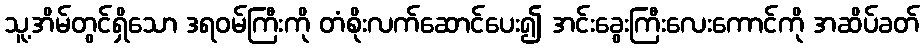
သူ့အိမ်တွင်ရှိသော ဒရဝမ်ကြီးကို တံစိုးလက်ဆောင်ပေး၍ အင်းခွေးကြီးလေးကောင်ကို အဆိပ်ခတ်